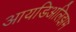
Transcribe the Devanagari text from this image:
आयडिअलिझम